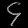
Digit: ၄